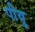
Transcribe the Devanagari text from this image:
पीयू